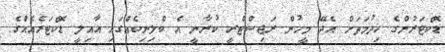
ޑޮކްޓަރުންގެ ޚިދުމަތަށް އެދޭ މީހުން ރަޖިސްޓްރީ ކުރާނީ އެ ކްލިނިކެއްގައި އާއިލީ ޑޮކްޓަރެއެއްގެ